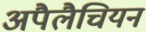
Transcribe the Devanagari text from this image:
अपैलैचियन